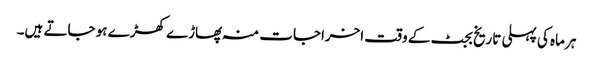
ہر ماہ کی پہلی تاریخ بجٹ کے وقت اخراجات منہ پھاڑے کھڑے ہو جاتے ہیں۔